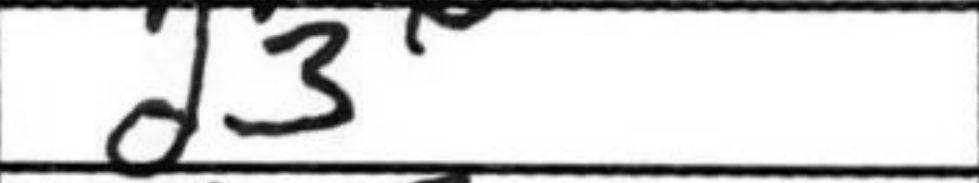
Transcription: d3